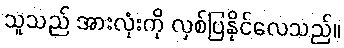
သူသည် အားလုံးကို လှစ်ပြနိုင်လေသည်။